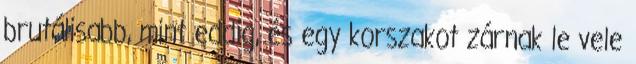
brutálisabb, mint eddig, és egy korszakot zárnak le vele